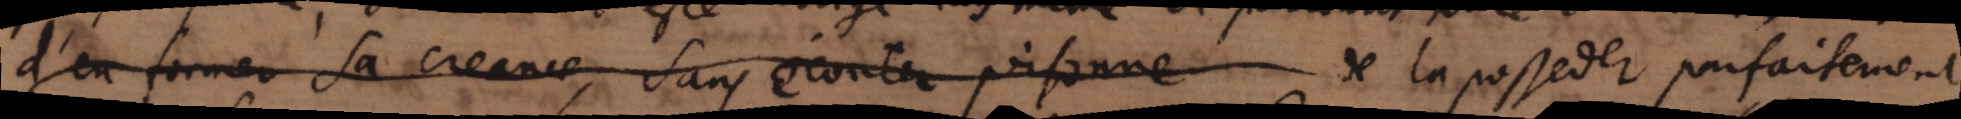
d’en former sa creance , sans écouter personne de la posseder parfaitement